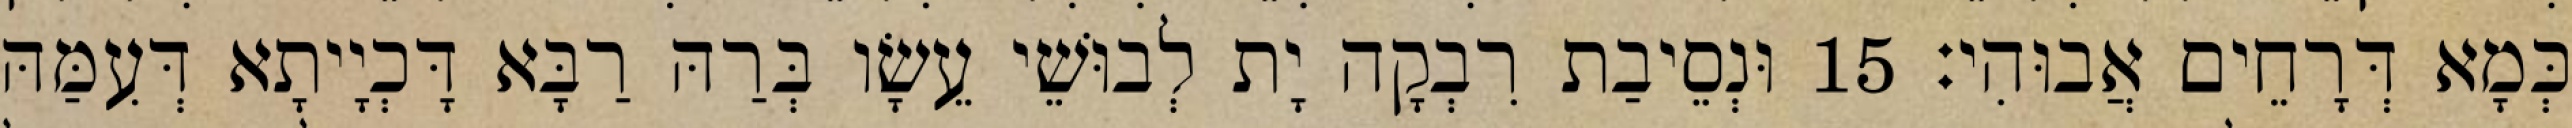
כְּמָא דְּרָחֵים אֲבוּהִי׃ 15 וּנְסֵיבַת רִבְקָה יָת לְבוּשֵׁי עֵשָׂו בְּרַהּ רַבָּא דָּכְיָיתָא דְּעִמַּהּ